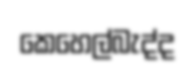
කෙහෙල්බැද්ද